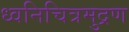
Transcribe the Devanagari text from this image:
ध्वनिचित्रमुद्रण